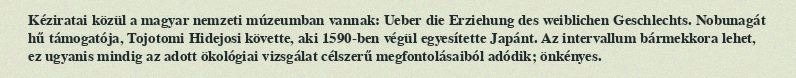
Kéziratai közül a magyar nemzeti múzeumban vannak: Ueber die Erziehung des weiblichen Geschlechts. Nobunagát hű támogatója, Tojotomi Hidejosi követte, aki 1590-ben végül egyesítette Japánt. Az intervallum bármekkora lehet, ez ugyanis mindig az adott ökológiai vizsgálat célszerű megfontolásaiból adódik; önkényes.